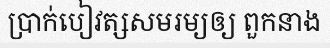
ប្រាក់បៀវត្សសមរម្យឲ្យ ពួកនាង